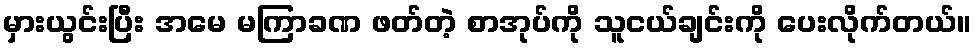
မှားယွင်းပြီး အမေ မကြာခဏ ဖတ်တဲ့ စာအုပ်ကို သူငယ်ချင်းကို ပေးလိုက်တယ်။